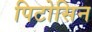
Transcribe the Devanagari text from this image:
पिटोसिन